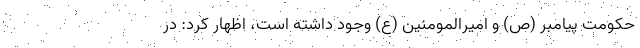
حکومت پیامبر (ص) و امیرالمومنین (ع) وجود داشته است، اظهار کرد: در